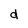
Character: d